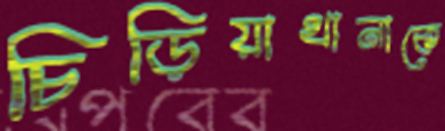
চিড়িয়াখানাকে